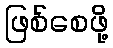
ဖြစ်စေဖို့